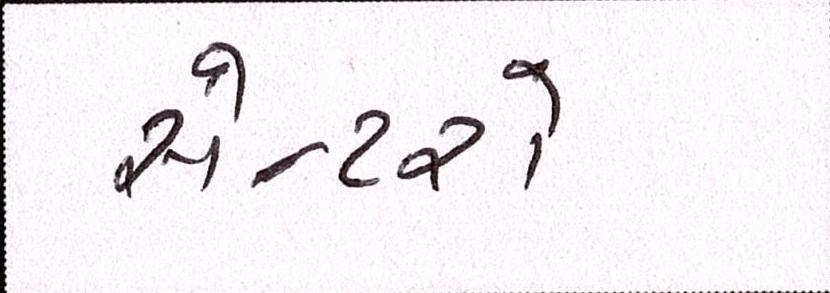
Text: સેન્ટરો